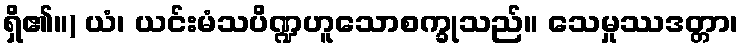
ရှိ၏။) ယံ၊ ယင်းမံသပိဏ္ဍဟူသောစက္ခုသည်။ သေမှုဿဒတ္တာ၊